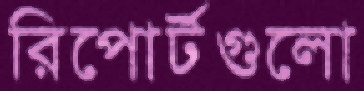
রিপোর্টগুলো